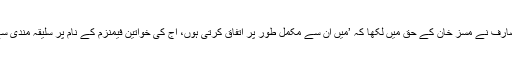
مہک نامی ایک صارف نے مسز خان کے حق میں لکھا کہ ’میں ان سے مکمل طور پر اتفاق کرتی ہوں، آج کی خواتین فیمنزم کے نام پر سلیقہ مندی سے کام نہیں کرتیں۔